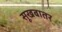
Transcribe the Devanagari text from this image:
सूखबातर